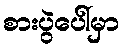
စားပွဲပေါ်မှာ